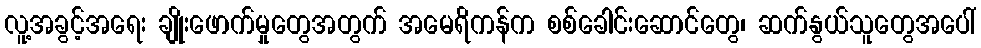
လူ့အခွင့်အရေး ချိုးဖောက်မှုတွေအတွက် အမေရိကန်က စစ်ခေါင်းဆောင်တွေ၊ ဆက်နွယ်သူတွေအပေါ်